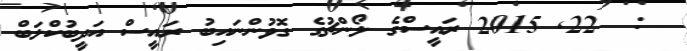
:  22